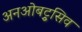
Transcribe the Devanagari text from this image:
अनओबट्रुसिव